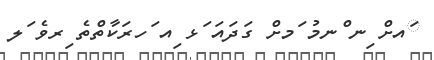
ައށް ިނ ްނމު ަމށް ގަދައަ ަޅ ިއ ަހރަކާތްތެ ިރވެ ަލ